NAE_ERA_R-30_Eesti_Riiklik_Spordiamet, lk 249
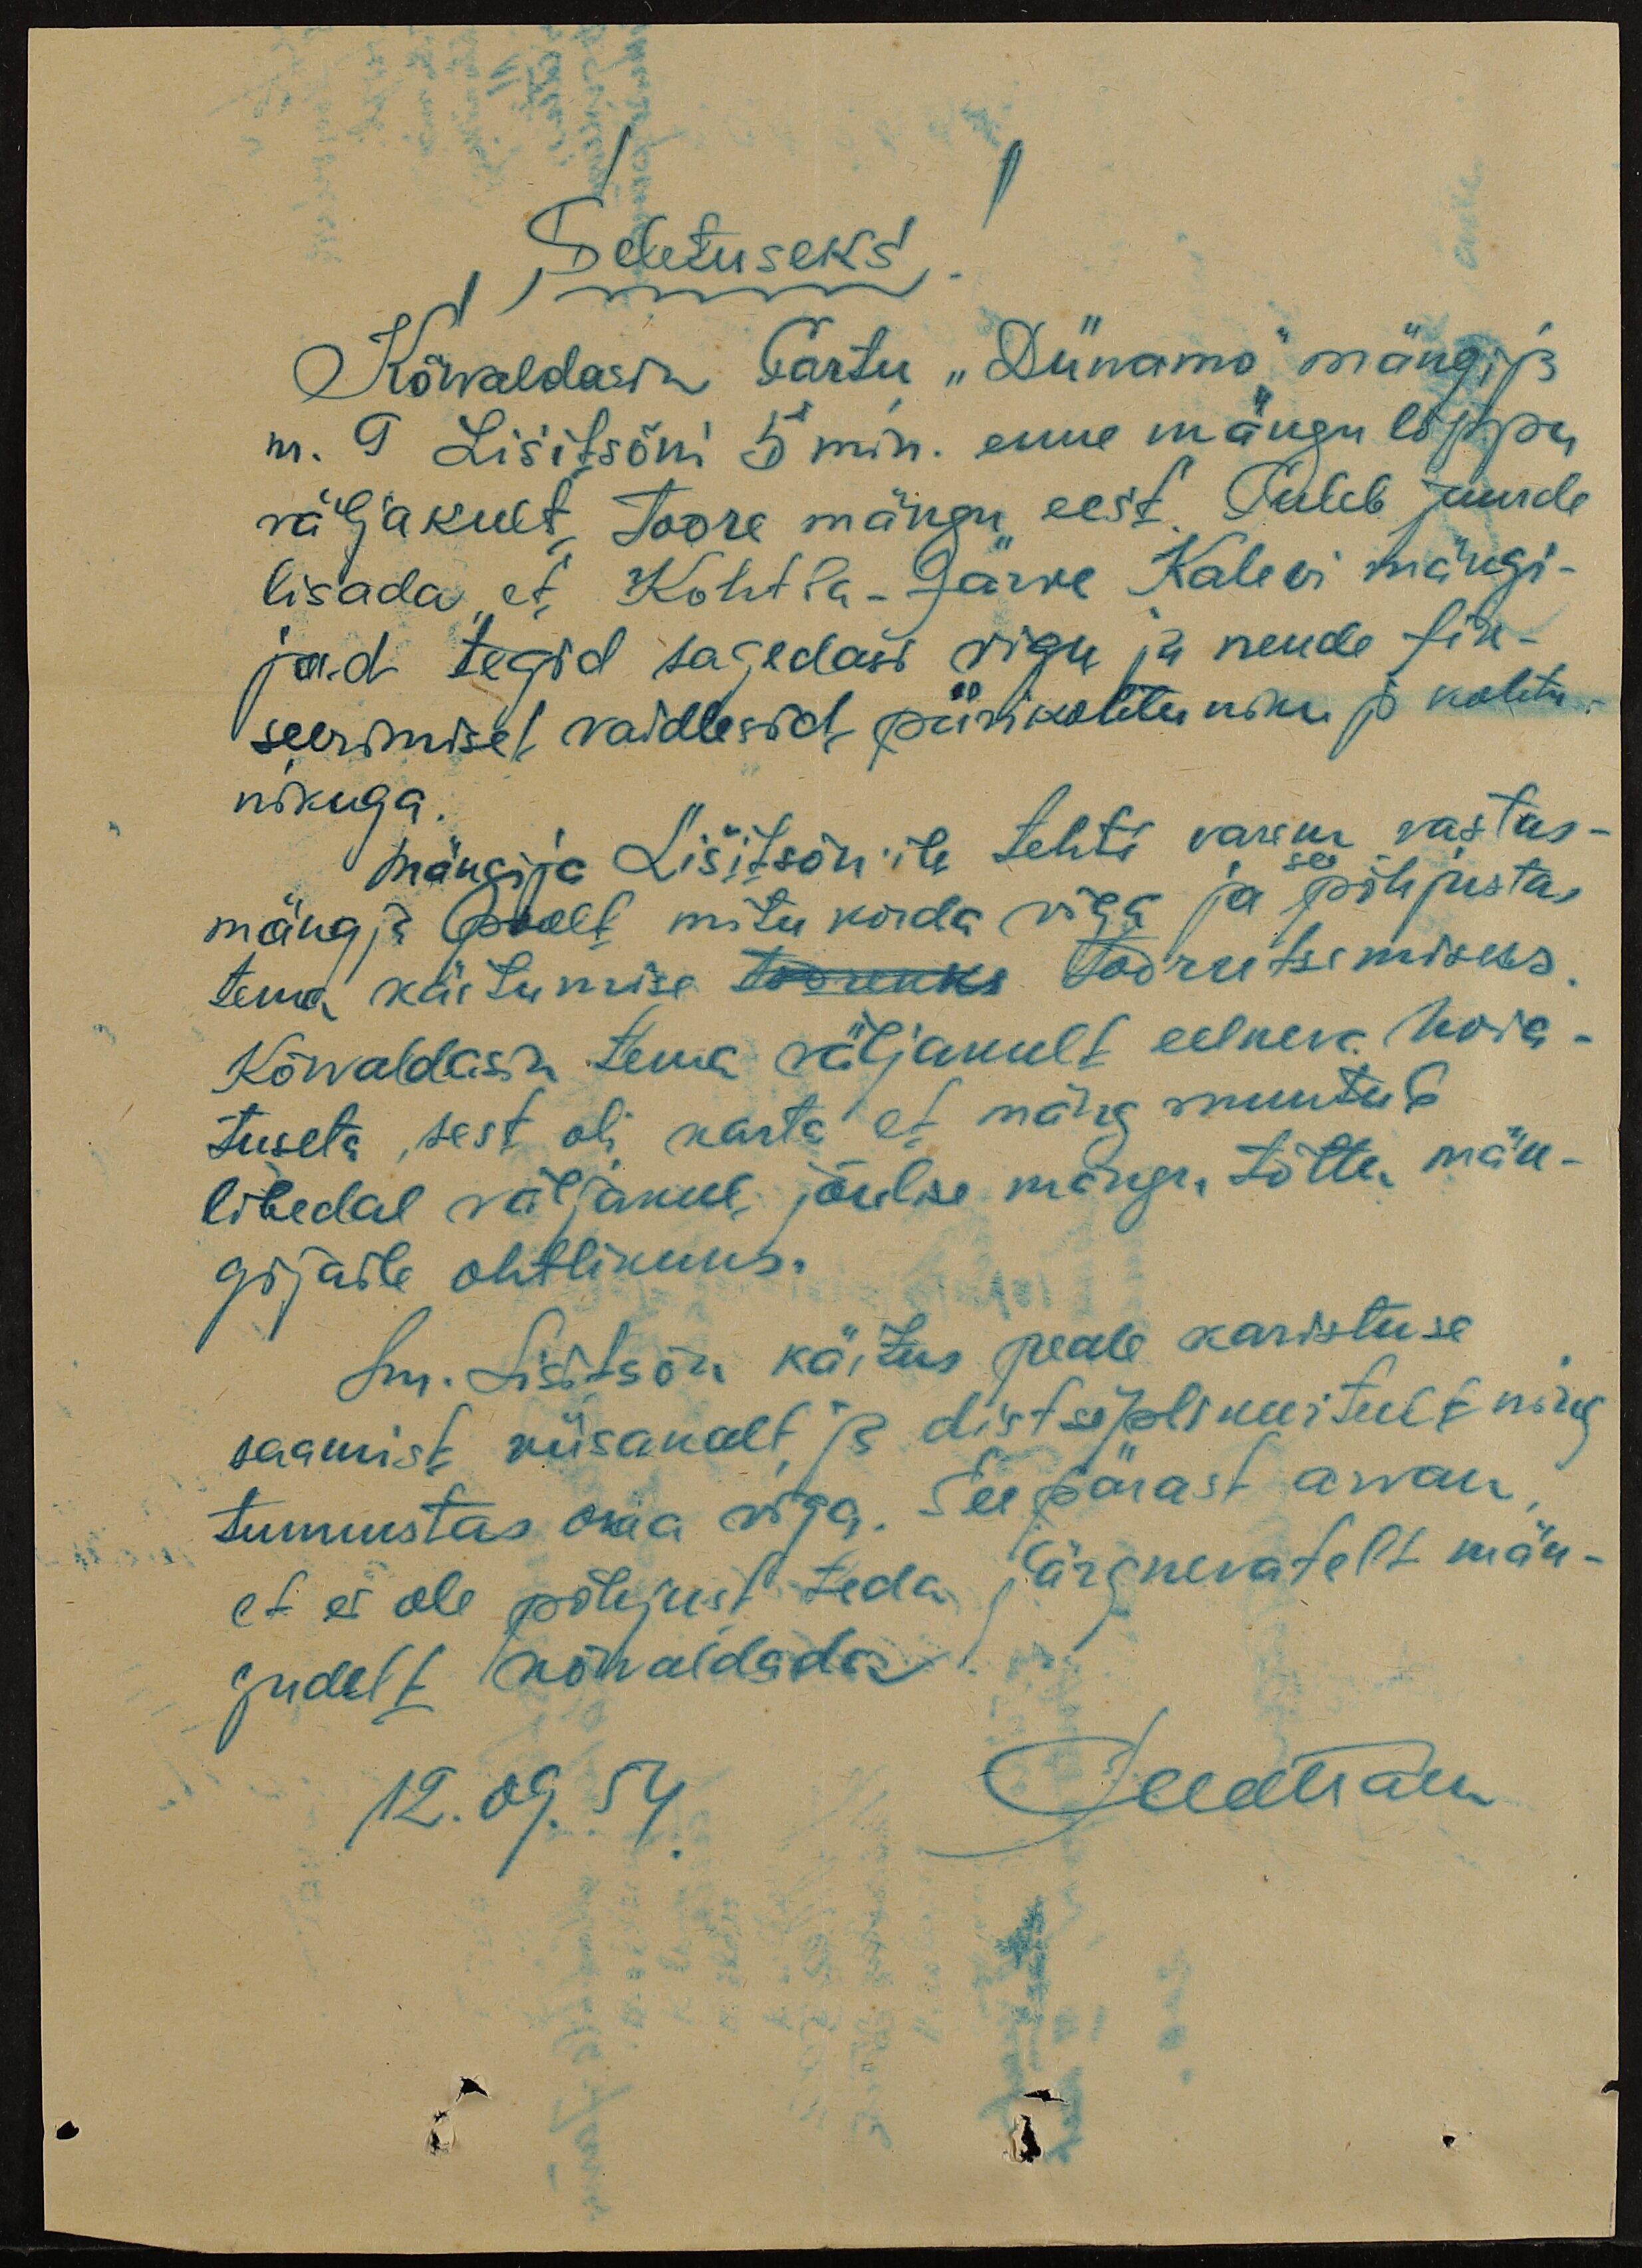
Seletuseks!
Kõrvaldasin Tartu "Dünamo" mängija
nr. 9 Lisitsõni 5 min. enne mängu lõppu
väljakult toore mängu eest. Tuleb juurde
lisada, et Kohtla-Järve Kalevi mängi-
jad tegid sagedasi vigu ja nende fik-
seerimisel vaidlesed piirikohtuniku ja kohtu-
nikuga.
Mängija Lišitsõn´ile tehti varem vastas-
mängija poolt mitu korda viga ja see põhjustas
tema käitumise toorekks toorutsemiseks.
Kõrvaldasin tema väljakult eelneva hoia-
tuseta, sest oli karta et mäng muutub
libedal väljakul jõulise mängu tõttu män-
gijaile ohtlikuks.
Sm.  Lisitsõn käitus peale karistuse
saamist viisakalt, ja distsiplineeritult ning
tunnustas oma viga. Seepärast arvan,
et ei ole põhjust teda järgnevatelt män-
gudelt kõrvaldada.
12.09.54.